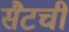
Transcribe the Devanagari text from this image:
सैटची